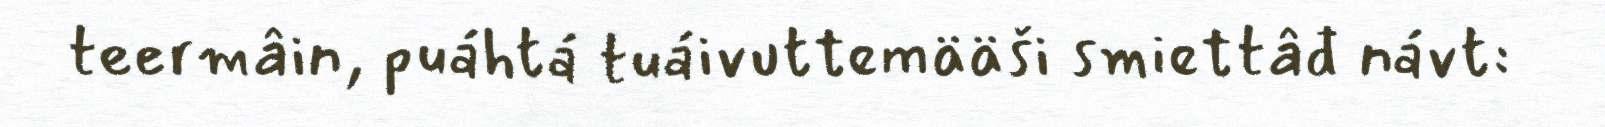
teermâin, puáhtá tuáivuttemääši smiettâđ návt: